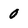
Character: 0